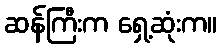
ဆန်ကြီးက ရှေ့ဆုံးက။